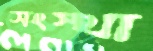
সংস্থা